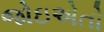
જોઇએતો